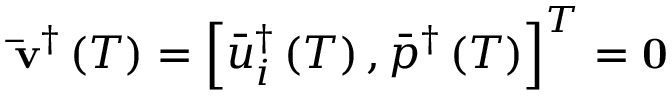
{ { { \bf { \bar { v } } } } ^ { \dag } } \left( T \right) = { \left[ { \bar { u } _ { i } ^ { \dag } \left( T \right) , { { \bar { p } } ^ { \dag } } \left( T \right) } \right] ^ { T } } = \bf { 0 }